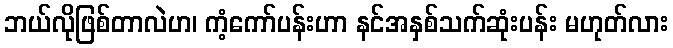
ဘယ်လိုဖြစ်တာလဲဟ၊ ကံ့ကော်ပန်းဟာ နင်အနှစ်သက်ဆုံးပန်း မဟုတ်လား